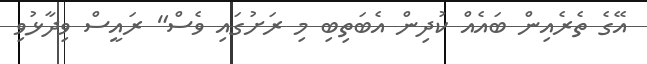
އޭގެ ތެރެއިން ބައެއް ކުދިން އެބަތިބި މި ރަށުގައި ވެސް" ރައީސް ވިދާޅުވި